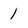
Character: 1